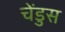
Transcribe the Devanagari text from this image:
चेंडुस